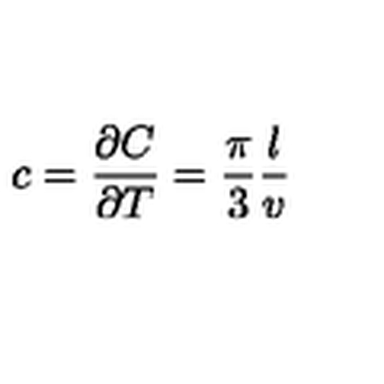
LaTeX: c = \frac { \partial C } { \partial T } = \frac { \pi } { 3 } \frac { l } { v }